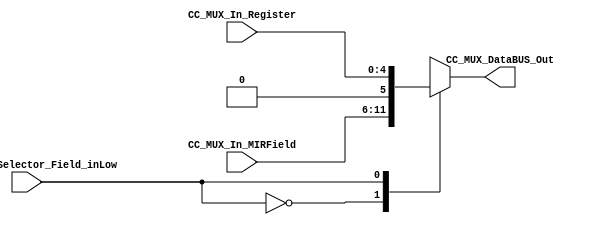
module MUX_Datapath #(
	parameter DATAWIDTH_MUX_SELECTION=4, 
	parameter DATAWIDTH_BUS=32,
	parameter DATAWIDTH_BUS_REG_IR=5,
	parameter DATAWIDTH_BUS_REG_MIR_FIELD=6,
	parameter DATAWIDTH_BUS_MUX_DATAPATH_OUT=6
	)(
	//////////// OUTPUTS //////////
	CC_MUX_DataBUS_Out,
	//////////// INPUTS //////////
	CC_MUX_In_Register,
	CC_MUX_In_MIRField,
	CC_MUX_In_Selector_Field_inLow
);
//=======================================================
//  PARAMETER declarations
//=======================================================

//=======================================================
//  PORT declarations
//=======================================================
	output reg	[DATAWIDTH_BUS_MUX_DATAPATH_OUT-1:0] CC_MUX_DataBUS_Out;
	input			[DATAWIDTH_BUS_REG_MIR_FIELD-1:0] CC_MUX_In_MIRField;
	input			[DATAWIDTH_BUS_REG_IR-1:0] CC_MUX_In_Register;
	input 	 CC_MUX_In_Selector_Field_inLow;

//=======================================================
//  REG/WIRE declarations
//=======================================================

//=======================================================
//  Structural coding
//=======================================================
//INPUT LOGIC: COMBINATIONAL
	always@(*)
	begin
	case (CC_MUX_In_Selector_Field_inLow)	
	// Example to more outputs: WaitStart: begin sResetCounter = 0; sCuenteUP = 0; end
		
		1'b0: CC_MUX_DataBUS_Out = CC_MUX_In_MIRField;
		1'b1: CC_MUX_DataBUS_Out = {1'b0,CC_MUX_In_Register};

		default :   CC_MUX_DataBUS_Out = CC_MUX_In_MIRField;
		endcase
	end
//=======================================================
//  Outputs
//=======================================================
// OUTPUT LOGIC : COMBINATIONAL

endmodule